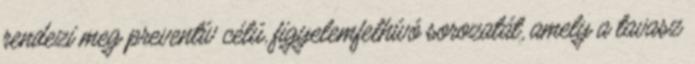
rendezi meg preventív célú, figyelemfelhívó sorozatát, amely a tavasz